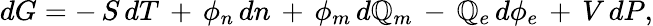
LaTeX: dG=-\, S\, dT\, +\, \phi_{n}\, dn\, +\, \phi_{m}\, d\mathbb{Q}_{m}\, -\, \mathbb{Q}_{e}\, d\phi_{e}\, +\, V\, dP,